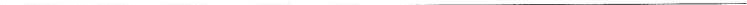
___